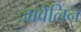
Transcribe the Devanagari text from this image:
जावेलिन